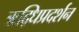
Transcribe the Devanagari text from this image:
ऋद्धिप्रदर्शन